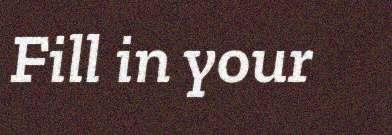
Fill in your